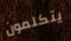
يتكلمون